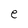
Character: e